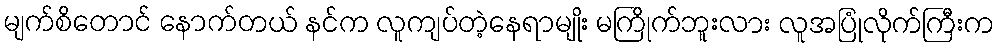
မျက်စိတောင် နောက်တယ် နင်က လူကျပ်တဲ့နေရာမျိုး မကြိုက်ဘူးလား လူအပြုံလိုက်ကြီးက